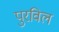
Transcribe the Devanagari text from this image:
पुरविल